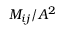
M _ { i j } / A ^ { 2 }